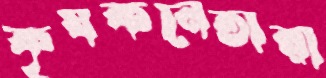
কৃষকনেতারা